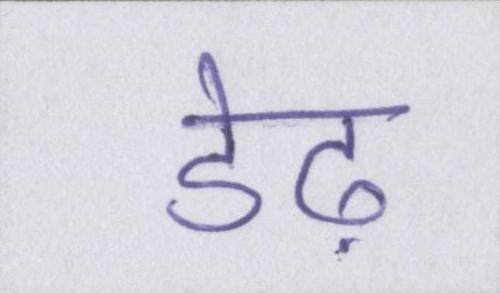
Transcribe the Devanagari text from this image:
डेढ़